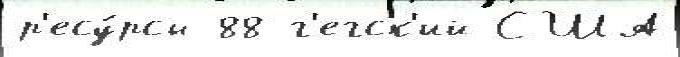
р'есу́рсы 88 г'егск'ий США